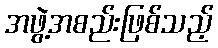
အဖွဲ့အစည်းဖြစ်သည့်